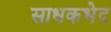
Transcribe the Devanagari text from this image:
साधकभेद